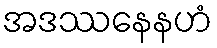
အဒဿနေနဟံ